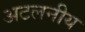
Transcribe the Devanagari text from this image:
अटलनीय